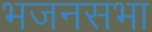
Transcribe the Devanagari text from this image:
भजनसभा